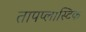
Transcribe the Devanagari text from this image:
तापप्लास्टिक